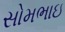
સોમભાઇ